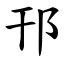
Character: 邗